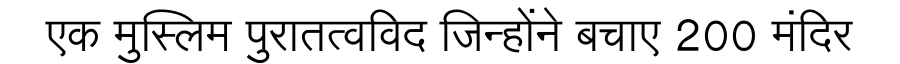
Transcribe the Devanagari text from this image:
एक मुस्लिम पुरातत्वविद जिन्होंने बचाए 200 मंदिर